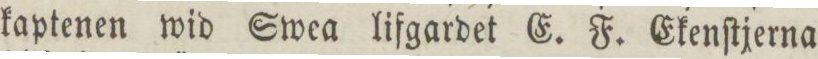
kaptenen wid Swea lifgardet E. F. Ekenſtjerna